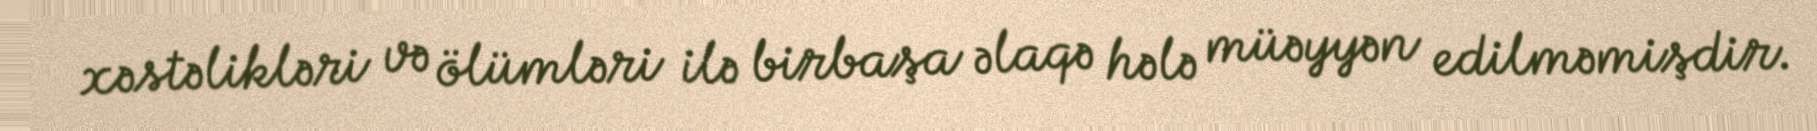
xəstəlikləri və ölümləri ilə birbaşa əlaqə hələ müəyyən edilməmişdir.